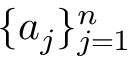
\{ a _ { j } \} _ { j = 1 } ^ { n }